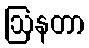
ဩနတာ